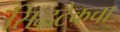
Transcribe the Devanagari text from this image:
सिद्धटेकचा